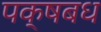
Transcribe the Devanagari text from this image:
पक्षबध